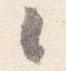
々